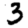
Digit: 3